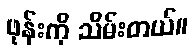
ဖုန်းကို သိမ်းတယ်။